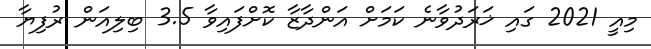
މިއީ 2021 ގައި ޚަރަދުވާނެ ކަމަށް އަންދާޒާ ކޮށްފައިވާ 3.5 ބިލިއަން ރުފިޔާ